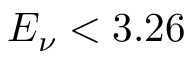
E _ { \nu } < 3 . 2 6